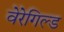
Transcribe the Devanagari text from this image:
वेरेगिल्ड